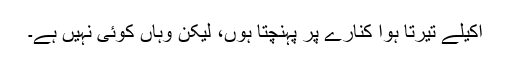
اکیلے تیرتا ہوا کنارے پر پہنچتا ہوں، لیکن وہاں کوئی نہیں ہے۔